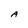
Character: A